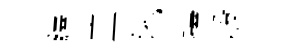
繹主陁擇彀